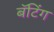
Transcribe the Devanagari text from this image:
बॅटिंग